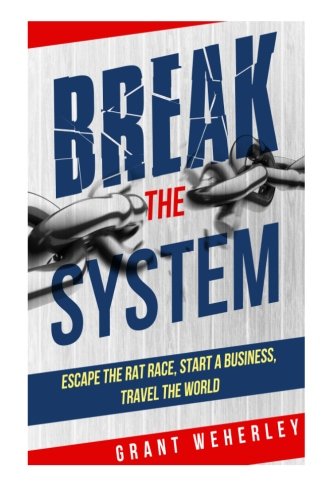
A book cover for Break the System: Escape the Rat Race, Start a Business, Travel the World; Grant Weherley; Travel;